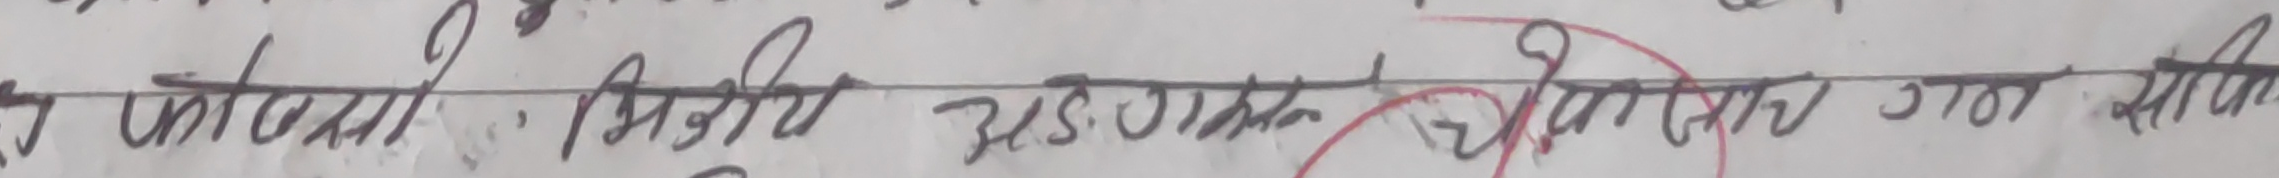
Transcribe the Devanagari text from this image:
उदासी : मिस्त्री अ.स.ओ.एन. शिवशंकर जात क्यामि